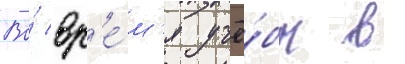
Во́ вр'е́м'я учё́бы в